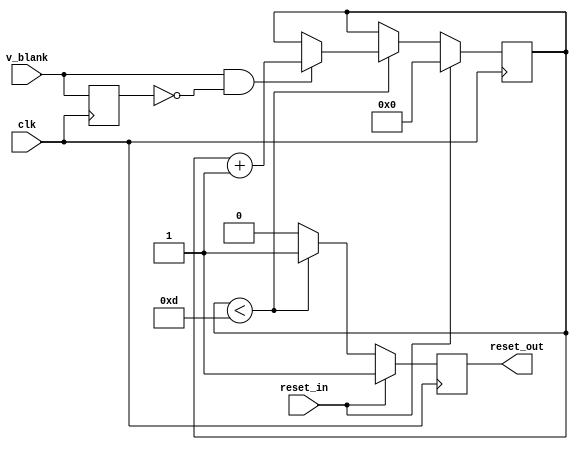
//
// Copyright (c) 2015 Thomas R. Murphy and Case Western Reserve University
// All Rights Reserved
//
// Developed by Thomas Russell Murphy (trm70) during employment as teaching
// assistant of EECS 301 at CWRU.
//
// THIS SOFTWARE IS PROVIDED BY THE COPYRIGHT HOLDERS AND CONTRIBUTORS ``AS IS''
// AND ANY EXPRESS OR IMPLIED WARRANTIES, INCLUDING, BUT NOT LIMITED TO, THE
// IMPLIED WARRANTIES OF MERCHANTABILITY AND FITNESS FOR A PARTICULAR PURPOSE ARE
// DISCLAIMED. IN NO EVENT SHALL THE COPYRIGHT HOLDER OR CONTRIBUTORS BE LIABLE FOR
// ANY DIRECT, INDIRECT, INCIDENTAL, SPECIAL, EXEMPLARY, OR CONSEQUENTIAL DAMAGES
// (INCLUDING, BUT NOT LIMITED TO, PROCUREMENT OF SUBSTITUTE GOODS OR SERVICES;
// LOSS OF USE, DATA, OR PROFITS; OR BUSINESS INTERRUPTION) HOWEVER CAUSED AND ON
// ANY THEORY OF LIABILITY, WHETHER IN CONTRACT, STRICT LIABILITY, OR TORT
// (INCLUDING NEGLIGENCE OR OTHERWISE) ARISING IN ANY WAY OUT OF THE USE OF THIS
// SOFTWARE, EVEN IF ADVISED OF THE POSSIBILITY OF SUCH DAMAGE.
//

module display_reset_controller
       (
           input clk,
           input reset_in, v_blank,
           output reg reset_out
       );
//

parameter MAX_FRAME_COUNT = 13;

reg last_v_blank;
reg [ 4: 0 ] frame_counter;

initial begin
    frame_counter <= 1'b0;
end

always @( posedge clk ) begin
    last_v_blank <= v_blank;

    if ( reset_in ) begin
        reset_out <= 1'b1;
        frame_counter <= 1'b0;
    end
    else if ( frame_counter < MAX_FRAME_COUNT ) begin
        reset_out <= 1'b1; // active high reset
        if ( v_blank && ~last_v_blank ) begin
            frame_counter <= frame_counter + 1'b1;
        end
        else begin
            frame_counter <= frame_counter;
        end
    end
    else begin
        reset_out <= 1'b0;
        frame_counter <= frame_counter;
    end
end

endmodule